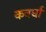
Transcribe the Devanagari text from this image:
कबर्धा